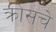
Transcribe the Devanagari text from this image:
क्रीसचे